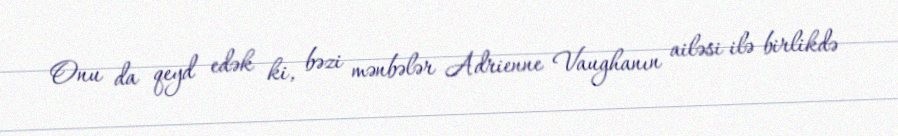
Onu da qeyd edək ki, bəzi mənbələr Adrienne Vaughanın ailəsi ilə birlikdə